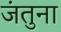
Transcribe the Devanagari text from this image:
जंतुना